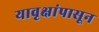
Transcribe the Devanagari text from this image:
यावृक्षांपासून